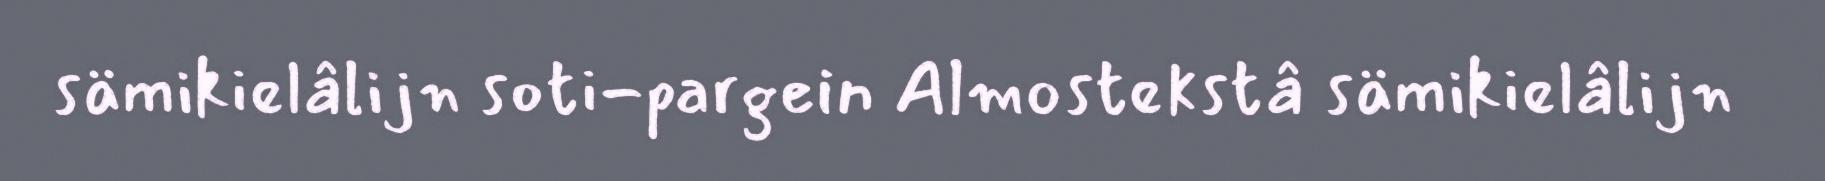
sämikielâlijn soti-pargein Almostekstâ sämikielâlijn